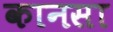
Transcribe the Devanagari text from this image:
कानसा